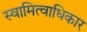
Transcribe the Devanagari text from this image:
स्वामित्वाधिकार